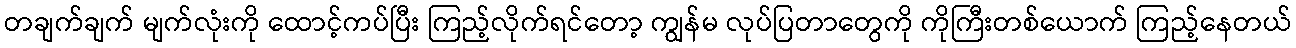
တချက်ချက် မျက်လုံးကို ထောင့်ကပ်ပြီး ကြည့်လိုက်ရင်တော့ ကျွန်မ လုပ်ပြတာတွေကို ကိုကြီးတစ်ယောက် ကြည့်နေတယ်